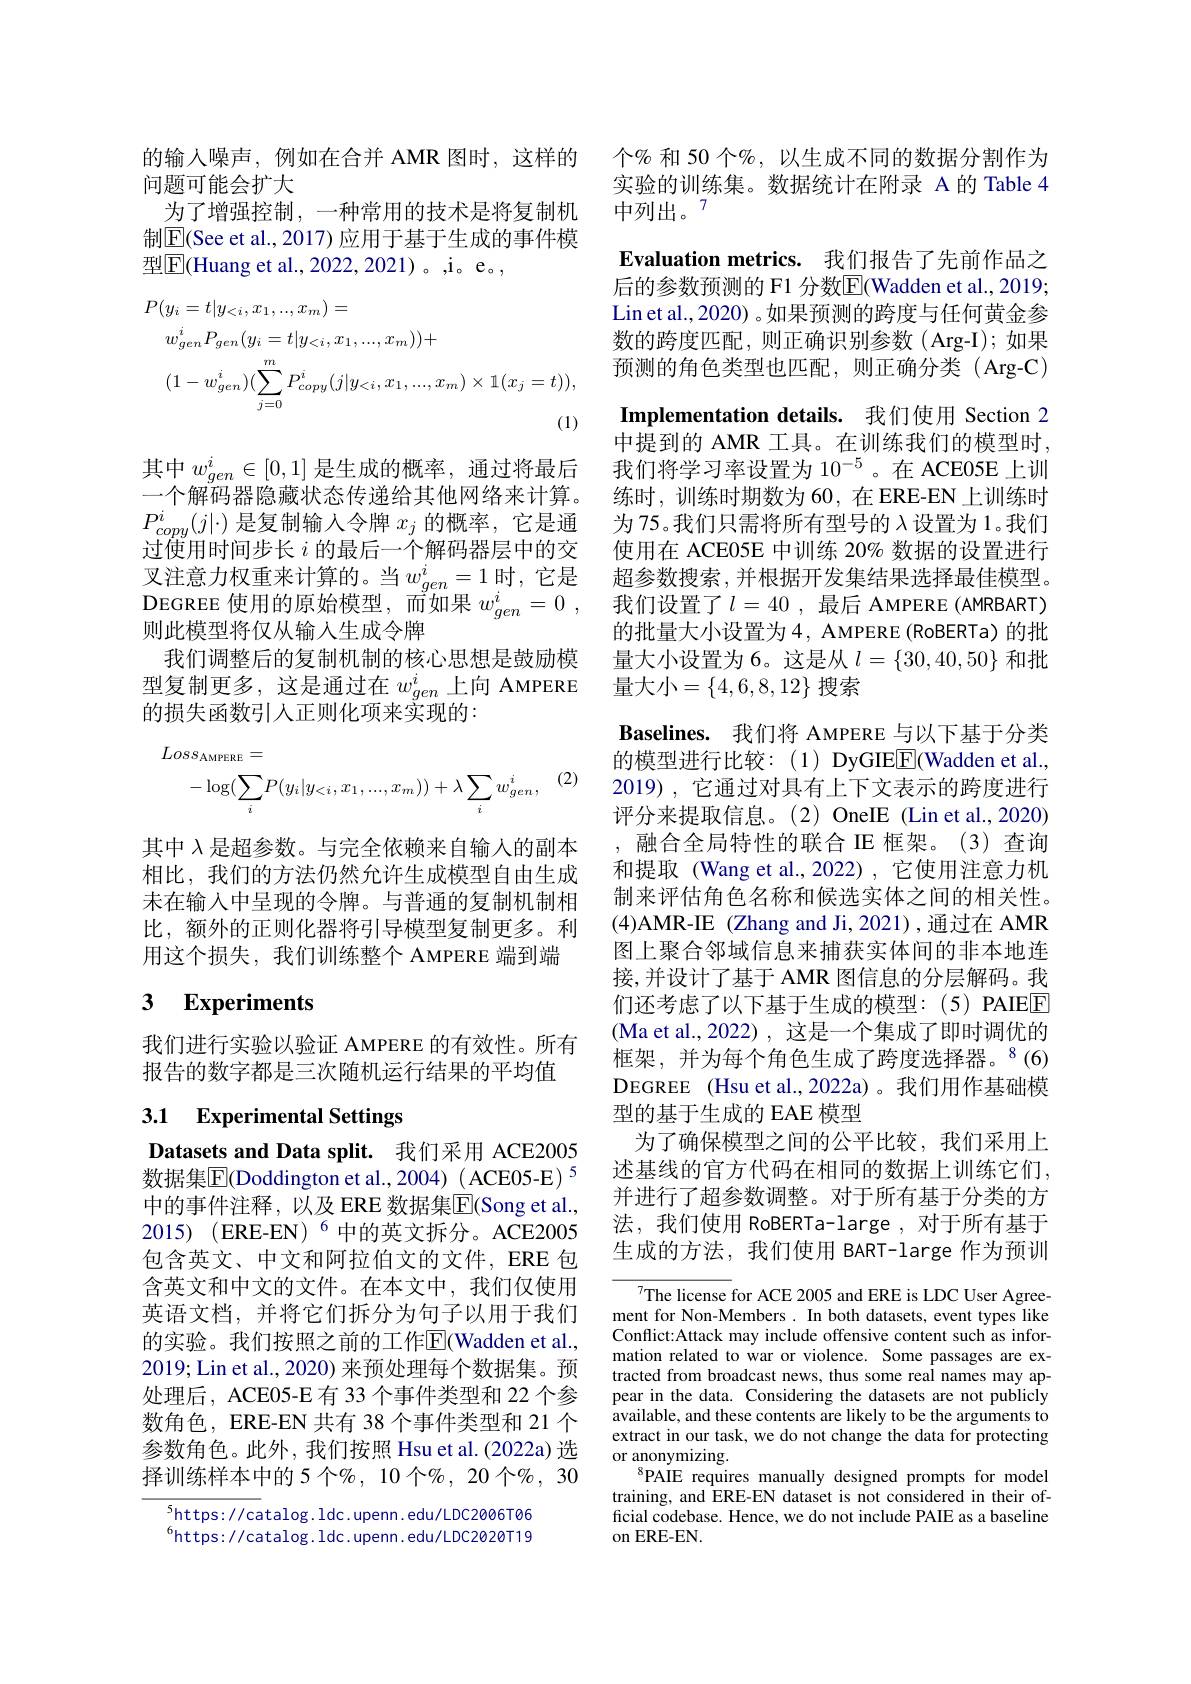
的输入噪声，例如在合并 AMR 图时，这样的
问题可能会扩大
为了增强控制，一种常用的技术是将复制机制$\overline{\mathrm{E}}($See et al., 2017) 应用于基于生成的事件模型$\boxed{\mathrm{F}}($Huang et al., 2022, 2021)。,i。e。,
$$\begin{aligned}&P(y_{i}=t|y_{<i},x_{1},..,x_{m})=\\&w_{gen}^{i}P_{gen}(y_{i}=t|y_{<i},x_{1},...,x_{m}))+\\&(1-w_{gen}^{i})(\sum_{j=0}^{m}P_{copy}^{i}(j|y_{<i},x_{1},...,x_{m})\times\mathbb{1}(x_{j}=t)),\end{aligned}$$
其中$w_{gen}^i\in[0,1]$是生成的概率，通过将最后一个解码器隐藏状态传递给其他网络来计算。$P_{copy}^{i}(j|\cdot)$是复制输入令牌$x_j$的概率，它是通过使用时间步长$i$的最后一个解码器层中的交叉注意力权重来计算的。当$w_{gen}^i=1$时，它是DEGREE 使用的原始模型，而如果$w_gen^i= 0$ , 则此模型将仅从输入生成令牌
我们调整后的复制机制的核心思想是鼓励模型复制更多，这是通过在$w_gen^i$上向 AMPERE 的损失函数引人正则化项来实现的：

$Loss_{\mathrm{AMPERE}}=$
(2)
$$\text{OOOAMPERE}\\-\log(\sum_{i}P(y_{i}|y_{<i},x_{1},...,x_{m}))+\lambda\sum_{i}w_{gen}^{i},$$
其中$\lambda$是超参数。与完全依赖来自输入的副本相比，我们的方法仍然允许生成模型自由生成末在输入中呈现的令牌。与普通的复制机制相比，额外的正则化器将引导模型复制更多。利用这个损失，我们训练整个 AMPERE 端到端

# 3 Experiments

我们进行实验以验证 AMPERE 的有效性。所有
报告的数字都是三次随机运行结果的平均值

# 3.1 Experimental Settings

Datasets and Data split. 我们采用 ACE2005数据集$\overline{\mathrm{E}}(\bar{\mathrm{Doddington~et~al.,~2004)~(ACE05-E)~}}^{5}$ 中的事件注释，以及 ERE 数据集$\overline{\mathrm{E}}($Song et al., 2015) (ERE- EN$) ^{6}$中的英文拆分。ACE2005包含英文、中文和阿拉伯文的文件，ERE 包含英文和中文的文件。在本文中，我们仅使用英语文档，并将它们拆分为句子以用于我们的实验。我们按照之前的工作E$( Wadden et al. $, 2019;Lin et al., 2020) 来预处理每个数据集。预处理后，ACE05-E 33 个事件类型和 22 个参数角色，ERE-EN 共有 38 个事件类型和 21 个参数角色。此外，我们按照 Hsu et al.(2022a) 选择训练样本中的 5 个$\%$, 10 个%, 20 个%, 30

$^{5}$https://catalog.ldc.upenn.edu/LDC2006T06 $^{6}$https://catalog. ldc. upenn. edu/LDC2020T19

个% 和 50 个$\%$, 以生成不同的数据分割作为实验的训练集。数据统计在附录 A 的 Table 4中列出。7
Evaluation metrics. 我们报告了先前作品之后的参数预测的 F1 分数$\overline{\mathrm{E}}$(Wadden et al., 2019; Lin et al., 2020) 。如果预测的跨度与任何黄金参数的跨度匹配，则正确识别参数(Arg-I);如果预测的角色类型也匹配，则正确分类(Arg-C) Implementation details. 我们使用 Section 2中提到的 AMR 工具。在训练我们的模型时， 我们将学习率设置为 10$^{-5}$。在 ACE05E 上训练时，训练时期数为 60, 在 ERE-EN 上训练时为 75。我们只需将所有型号的$\lambda$设置为 1。我们使用在 ACE05E 中训练 20% 数据的设置进行超参数搜索，并根据开发集结果选择最佳模型。我们设置了$l=40$,最后 AMPERE(AMRBART) 的批量大小设置为4，AMPERE(RoBERTa)的批量大小设置为 6。这是从$l=\{30,40,50\}$和批量大小$=\{4,6,8,12\}$ 搜索
Baselines. 我们将 AMPERE 与以下基于分类的模型进行比较：(1)DyGIEE(Wadden et al., 2019), 它通过对具有上下文表示的跨度进行评分来提取信息。(2) OneIE (Lin et al.,2020) ,融合全局特性的联合 IE 框架。(3)查询和提取(Wang et al.,2022),它使用注意力机制来评估角色名称和候选实体之间的相关性。(4)AMR-IE (Zhang and Ji,2021),通过在 AMR 图上聚合邻域信息来捕获实体间的非本地连接，并设计了基于 AMR 图信息的分层解码。我们还考虑了以下基于生成的模型：(5)PAIEE (Ma et al.,2022),这是一个集成了即时调优的框架，并为每个角色生成了跨度选择器。$^{8}(6)$ DEGREE (Hsu et al.,2022a)。我们用作基础模型的基于生成的 EAE 模型
为了确保模型之间的公平比较，我们采用上述基线的官方代码在相同的数据上训练它们， 并进行了超参数调整。对于所有基于分类的方法，我们使用 RoBERTa-large ,对于所有基于生成的方法，我们使用 BART-large 作为预训

The license for ACE 2005 and ERE is LDC User Agreement for Non-Members. In both datasets, event types like Conflict:Attack may include offensive content such as information related to war or violence. Some passages are extracted from broadcast news, thus some real names may appear in the data. Considering the datasets are not publicly available, and these contents are likely to be the arguments to extract in our task, we do not change the data for protecting or anonymizing.
$^{8}$PAIE requires manually designed prompts for model training, and ERE-EN dataset is not considered in their official codebase. Hence, we do not include PAIE as a baseline on ERE-EN